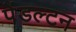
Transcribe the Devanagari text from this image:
पेंडल्टन